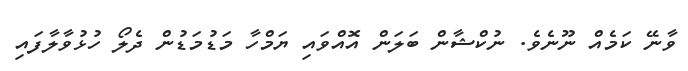
ވާނޭ ކަމެއް ނޫނެވެ. ނުކްޝާން ބަލަން އޮއްވައި ޔަމްހާ މަޑުމަޑުން ދެލޯ ހުޅުވާލާފައި